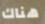
هناك